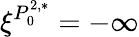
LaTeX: \xi^{P_{0}^{2,*}}=-\infty